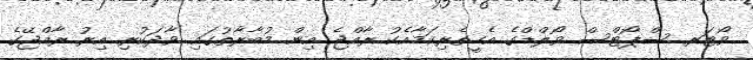
ވޯޓަރ ސްޕޯޓްސް ވޯލްޑްގެ އެހީތެރިކަމާއެކު ރާއްޖެ އިން މުބާރާތުގައި ވާދަކުރި އިރު ރާއްޖޭގެ